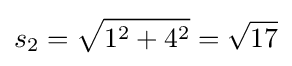
s_{2}={\sqrt {1^{2}+4^{2}}}={\sqrt {17}}